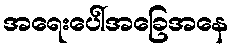
အရေးပေါ်အခြေအနေ